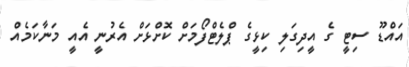
އައްޑޫ ސިޓީ ގެ އީދިގަލި ކިޅީގެ ޕްލެޓްފޯމަށް ކޮށްޅަށް އެރުނީ އެއީ މަނާކަމެއް